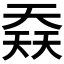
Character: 𡙎